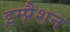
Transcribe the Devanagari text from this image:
इम्प्रैशन